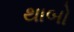
થાબો